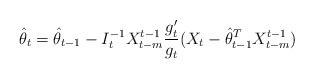
LaTeX: \begin{align*}\hat \theta_t=\hat \theta_{t-1}- I_t^{-1}X_{t-m}^{t-1}\frac{g_t'}{g_t}(X_t- \hat \theta_{t-1}^T X_{t-m}^{t-1})\end{align*}